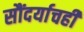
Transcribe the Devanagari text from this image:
सौंदर्याचही